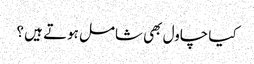
کیا چاول بھی شامل ہوتے ہیں ؟